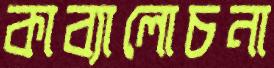
কাব্যালোচনা